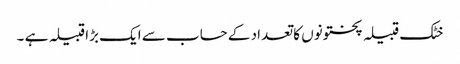
خٹک قبیلہ پختونوں کا تعداد کے حساب سے ایک بڑا قبیلہ ہے ۔